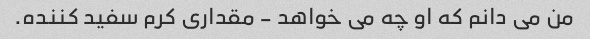
من می دانم که او چه می خواهد - مقداری کرم سفید کننده.